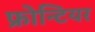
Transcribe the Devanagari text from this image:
फ्रोन्टियर